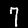
Label: 7